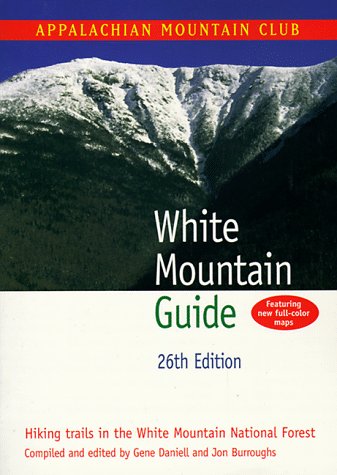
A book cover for White Mountain Guide; Appalachian Mountain Club Books; Travel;